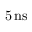
5 \, \mathrm { n s }